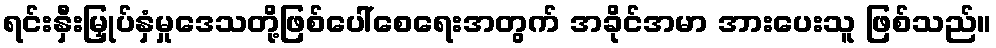
ရင်းနှီးမြှုပ်နှံမှုဒေသတို့ဖြစ်ပေါ်စေရေးအတွက် အခိုင်အမာ အားပေးသူ ဖြစ်သည်။